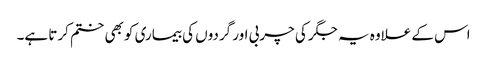
اس کے علاوہ یہ جگر کی چربی اور گردوں کی بیماری کو بھی ختم کرتا ہے۔